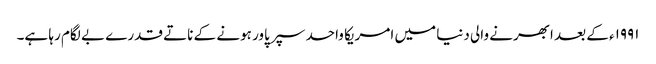
۱۹۹۱ء کے بعد ابھرنے والی دنیا میں امریکا واحد سپر پاور ہونے کے ناتے قدرے بے لگام رہا ہے۔